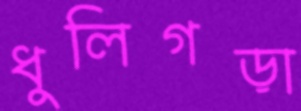
ধুলিগড়া